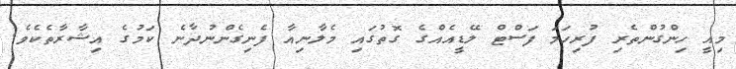
މިއީ ހިންގުންތެރި ފުރިހަމަ ފަސްޓް ލޭޑީއެއްގެ ގޮތުގައި މެލާނިއާ ފެނިގެންނުދާނެ ކަމުގެ އިޝާރާތެކެވެ.